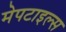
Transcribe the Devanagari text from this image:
मेपटाइल्स